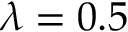
\lambda = 0 . 5